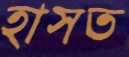
হাসত